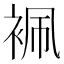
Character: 𧙱